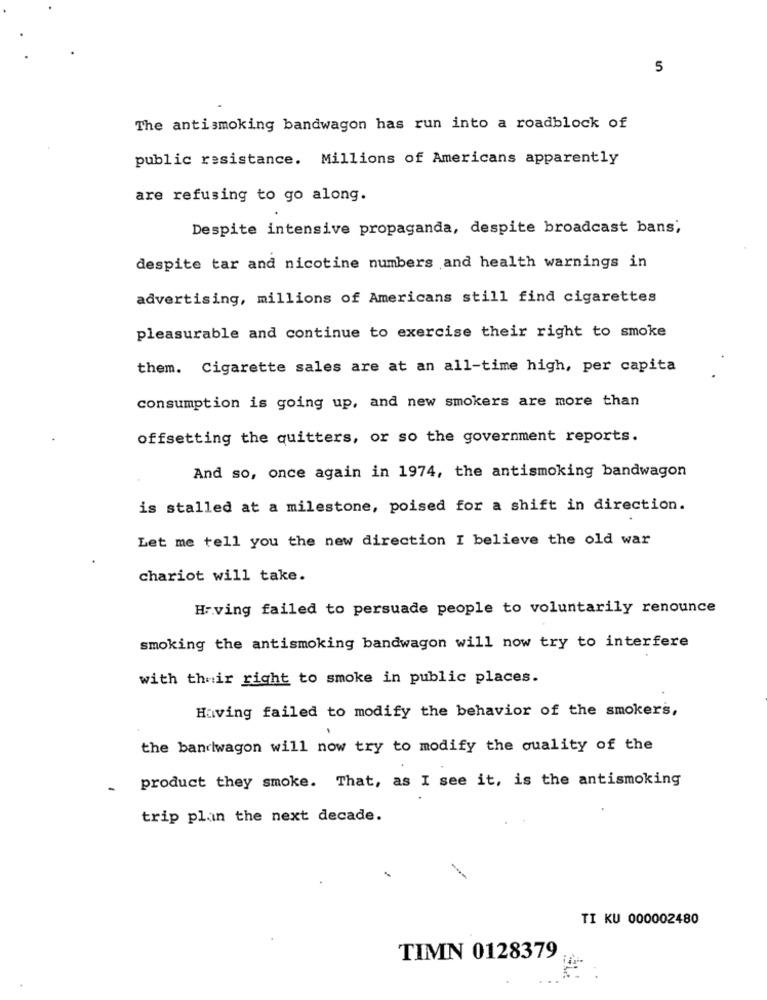
5
The antismoking bandwagon has run into a roadblock of
public resistance. Millions of Americans apparently
are refusing to go along.
Despite intensive propaganda, despite broadcast bans;
despite tar and nicotine numbers and health warnings in
advertising, millions of Americans still find cigarettes
pleasurable and continue to exercise their right to smoke
them. Cigarette sales are at an all-time high, per capita
consumption is going up, and new smokers are more than
offsetting the quitters, or so the government reports.
And so, once again in 1974, the antismoking bandwagon
is stalled at a milestone, poised for a shift in direction.
Let me tell you the new direction I believe the old war
chariot will take.
Having failed to persuade people to voluntarily renounce
smoking the antismoking bandwagon will now try to interfere
with their right to smoke in public places.
Having failed to modify the behavior of the smokers,
the bandwagon will now try to modify the quality of the
product they smoke. That, as I see it, is the antismoking
-
trip plain the next decade.
-
TI KU 000002480
TIMN 0128379